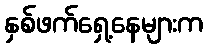
နှစ်ဖက်ရှေ့နေများက